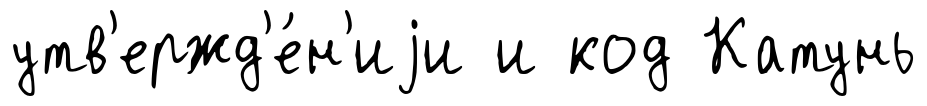
утв'ержд'е́н'иjи и код Катунь